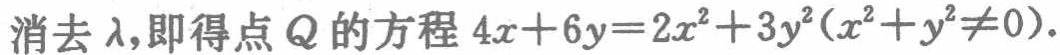
消去$\lambda$，即得点$Q$的方程$4x + 6y = 2x^{2} + 3y^{2}(x^{2} + y^{2} \neq 0)$.